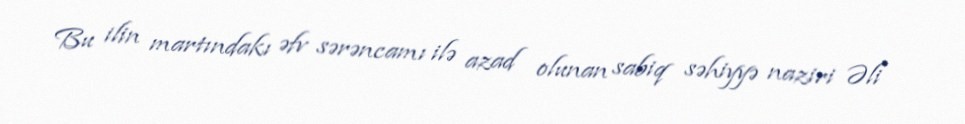
Bu ilin martındakı əfv sərəncamı ilə azad olunan sabiq səhiyyə naziri Əli